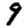
Digit: 9